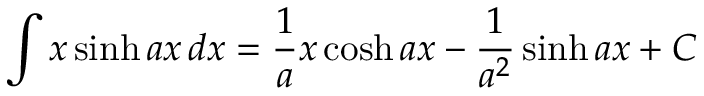
\int x \sinh a x \, d x = { \frac { 1 } { a } } x \cosh a x - { \frac { 1 } { a ^ { 2 } } } \sinh a x + C